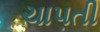
ચાપતી